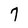
Character: 7